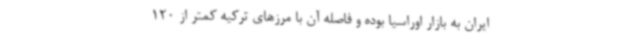
ایران به بازار اوراسیا بوده و فاصله آن با مرزهای ترکیه کمتر از 120